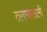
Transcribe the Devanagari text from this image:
तगपनसामी